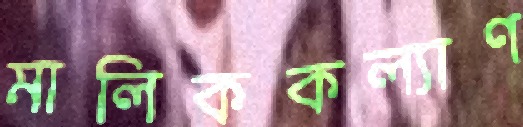
মালিককল্যাণ